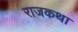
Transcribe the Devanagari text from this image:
राजकथा